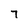
Character: 7